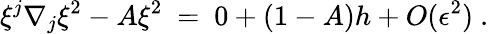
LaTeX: \xi^{j}\nabla_{j}\xi^{2}-A\xi^{2}\ =\ 0+(1-A)h+O(\epsilon^{2})\ .